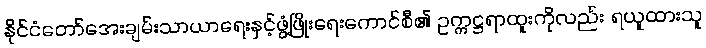
နိုင်ငံတော်အေးချမ်းသာယာရေးနှင့်ဖွံ့ဖြိုးရေးကောင်စီ၏ ဥက္ကဋ္ဌရာထူးကိုလည်း ရယူထားသူ